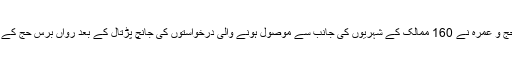
مملکت سعودی عرب کی وزارت حج و عمرہ نے 160 ممالک کے شہریوں کی جانب سے موصول ہونے والی درخواستوں کی جانچ پڑتال کے بعد رواں برس حج کے لئے ناموں کو حتمی شکل دے دی۔